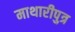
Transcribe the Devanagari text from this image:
माथारीपुत्र